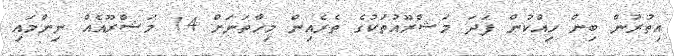
އިތުރުން ބިން ހިއްކުން ފަދަ މަޝްރޫއުތަކުގެ ތެރެއިން މިހާތަނަށް 14 މަޝްރޫއެއް ނިންމައި